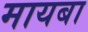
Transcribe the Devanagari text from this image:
मायबा